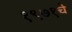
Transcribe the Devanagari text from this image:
१९७१चे